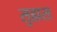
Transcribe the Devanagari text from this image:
सुह्मस